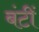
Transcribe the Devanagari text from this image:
बंटीं